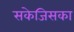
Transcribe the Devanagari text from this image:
सकेजिसका